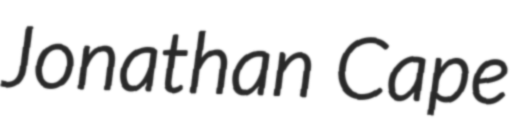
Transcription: Jonathan Cape